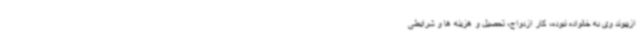
ازپیوند وی به خانواده نبوده، کار ازدواج، تحصیل و هزینه ها و شرایطی